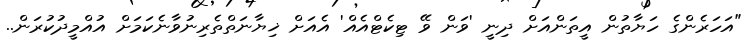
"އަހަރެންގެ ހަޔާތުން އީތަންއަށް ދިނީ 'ވަން ވޭ ޓިކެޓްއެއް' އެއަށް ޚިޔާނަތްތެރިނުވާނެކަމަށް އުއްމީދުކުރަން..